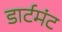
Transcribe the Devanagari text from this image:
डार्टमंट